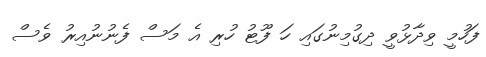
ފަހުމީ ވިދާޅުވީ ދިގުމިނުގައި ހަ ފޫޓު ހުރި އެ މަސް ފެނުނުއިރު ވެސް